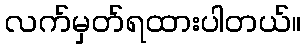
လက်မှတ်ရထားပါတယ်။